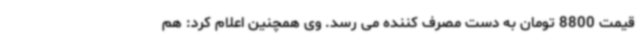
قیمت 8800 تومان به دست مصرف کننده می رسد. وی همچنین اعلام کرد: هم